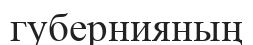
губернияның